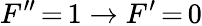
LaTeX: F^{\prime\prime}\, {=}\, 1\rightarrow F^{\prime}\, {=}\, 0